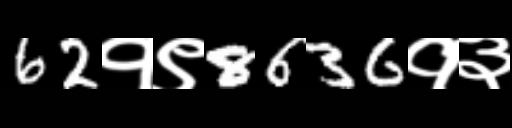
Text: 62१९8636१३